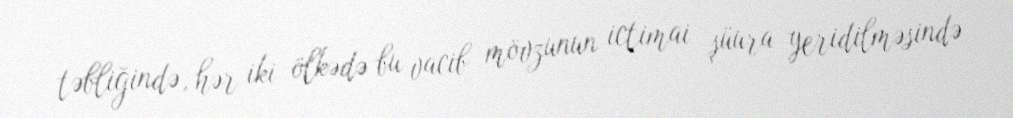
təbliğində, hər iki ölkədə bu vacib mövzunun ictimai şüura yeridilməsində